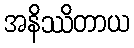
အနိဿိတာယ